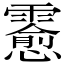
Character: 𲊊